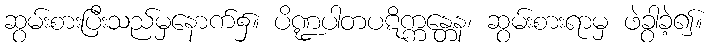
ဆွမ်းစားပြီးသည်မှနောက်၌။ ပိဏ္ဍပါတပဋိက္ကန္တေန၊ ဆွမ်းစားရာမှ ဖဲခွါခဲ့၍။